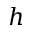
h